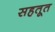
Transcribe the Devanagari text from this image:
सहतूत